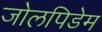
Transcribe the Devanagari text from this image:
जोलपिडेम